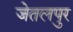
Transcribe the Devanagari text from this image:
जेतलपुर